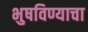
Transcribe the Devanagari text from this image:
भुषविण्याचा